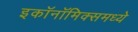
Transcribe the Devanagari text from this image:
इकाॅनाॅमिक्समध्ये